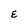
Character: E